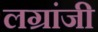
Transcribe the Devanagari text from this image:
लग्रांजी